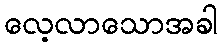
လေ့လာသောအခါ